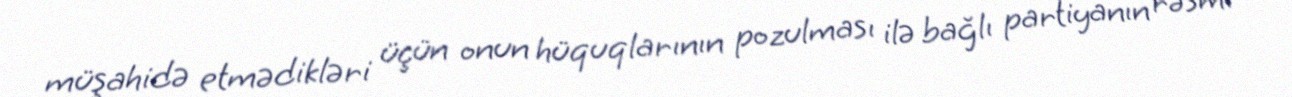
müşahidə etmədikləri üçün onun hüquqlarının pozulması ilə bağlı partiyanın rəsmi